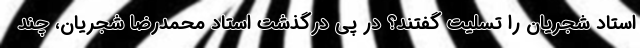
استاد شجریان را تسلیت گفتند؟ در پی درگذشت استاد محمدرضا شجریان، چند